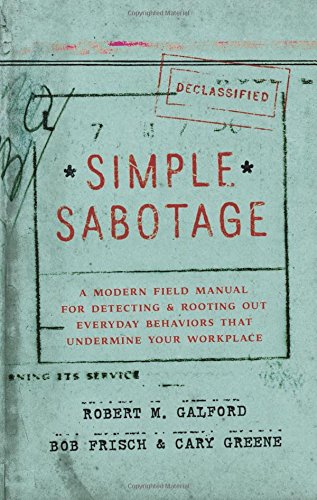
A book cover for Simple Sabotage: A Modern Field Manual for Detecting and Rooting Out Everyday Behaviors That Undermine Your Workplace; Robert M. Galford; Business & Money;